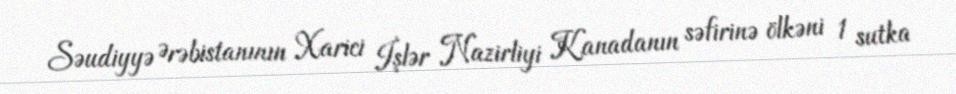
Səudiyyə Ərəbistanının Xarici İşlər Nazirliyi Kanadanın səfirinə ölkəni 1 sutka